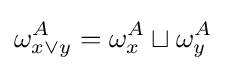
\omega _{x\lor y}^{A}=\omega _{x}^{A}\sqcup \omega _{y}^{A}\,\!